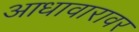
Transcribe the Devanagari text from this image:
आधावारावर